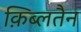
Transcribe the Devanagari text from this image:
क़िब्लतैन